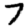
Digit: 7